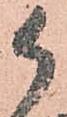
御